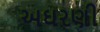
અઘરણી